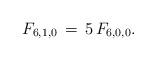
LaTeX: \begin{align*}F_{6,1,0} \,=\,5\,F_{6,0,0}.\end{align*}